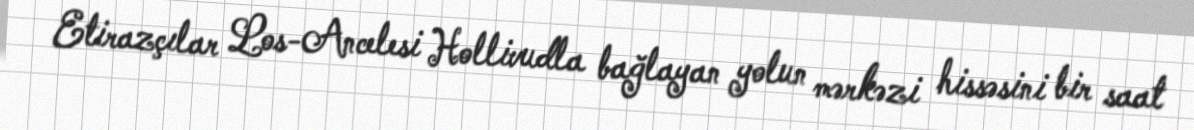
Etirazçılar Los-Ancelesi Hollivudla bağlayan yolun mərkəzi hissəsini bir saat